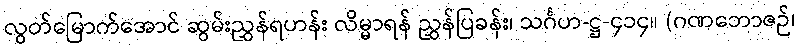
လွတ်မြောက်အောင် ဆွမ်းညွှန်ရဟန်း လိမ္မာရန် ညွှန်ပြခန်း၊ သင်္ဂဟ-ဋ္ဌ-၄၁၄။ (ဂဏဘောဇဉ်၊